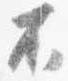
不